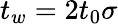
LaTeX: t_{w}=2t_{0}\sigma